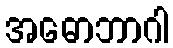
အဓောဘာဂါ